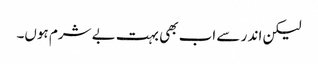
لیکن اند ر سے اب بھی بہت بے شرم ہوں۔